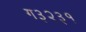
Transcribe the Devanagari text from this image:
ग३२३१